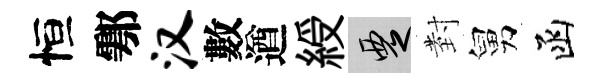
恒鄠汉數遒綬覂𭔹舅函